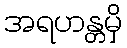
အရဟန္တမှိ